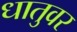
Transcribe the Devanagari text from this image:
धातुवर